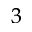
^ { 3 }